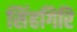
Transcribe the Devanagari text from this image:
सिंहगिरि